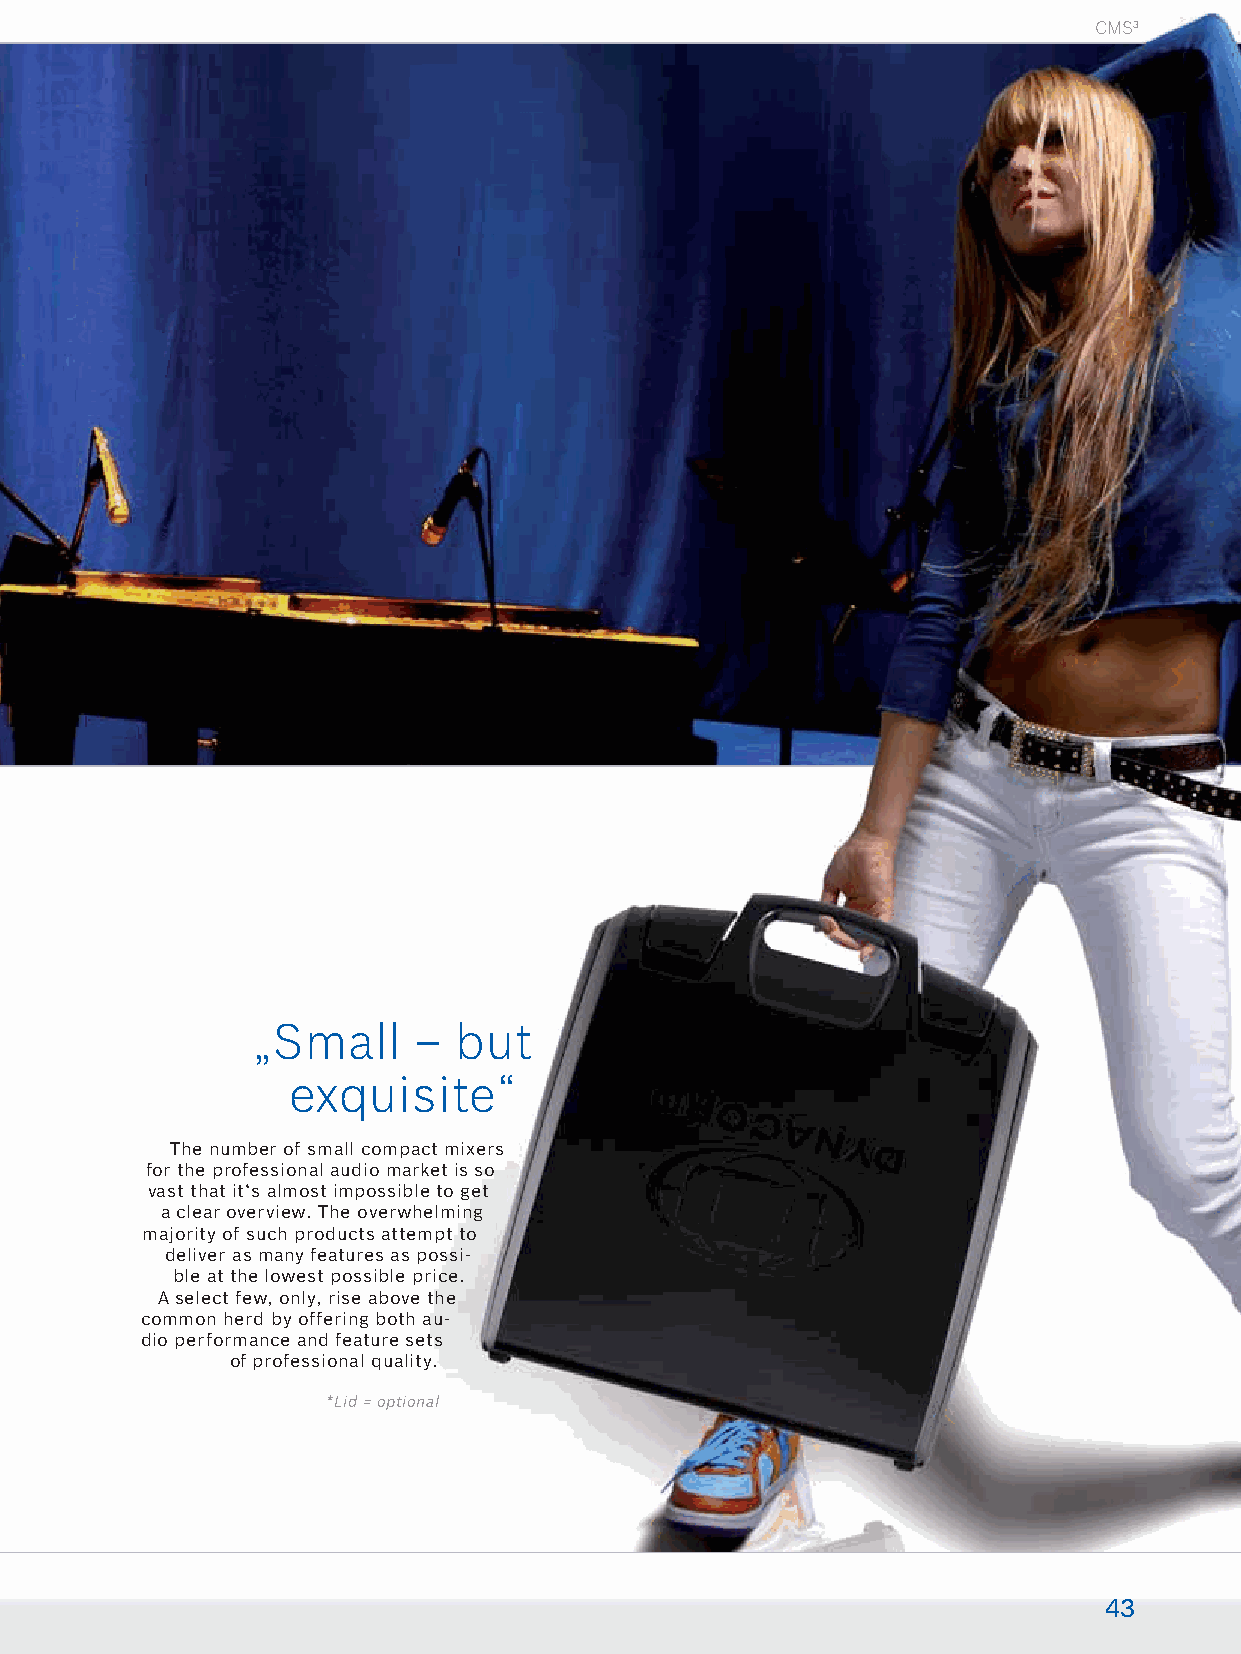
CMS3
 „Small    –  but
 exquisite“
 The number of small compact mixers
 for the professional audio market is so
 vast that it‘s almost impossible to get
 a clear overview. The overwhelming
 majority of such products attempt to
 deliver as many features as possi-
 ble at the lowest possible price.
 A select few, only, rise above the
 common herd by offering both au-
 dio performance and feature sets
 of professional quality.
 *Lid = optional
 43